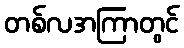
တစ်လအကြာတွင်